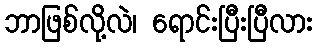
ဘာဖြစ်လို့လဲ၊ ရောင်းပြီးပြီလား